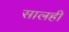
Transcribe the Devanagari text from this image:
सालही